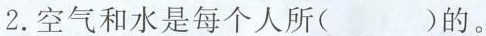
2.空气和水是每个人所( )的。